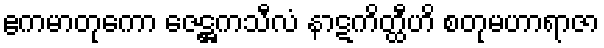
ဧကမာတုကော ဇေဋ္ဌကသီလံ နာဋကိတ္ထီဟိ စတုမဟာရာဇာ